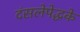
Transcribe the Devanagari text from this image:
दंसलेपेद्धके